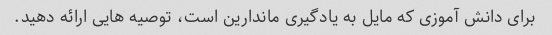
برای دانش آموزی که مایل به یادگیری ماندارین است، توصیه هایی ارائه دهید.